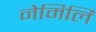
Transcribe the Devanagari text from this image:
नेमिलि